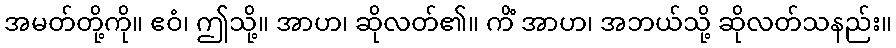
အမတ်တို့ကို။ ဧဝံ၊ ဤသို့။ အာဟ၊ ဆိုလတ်၏။ ကိံ အာဟ၊ အဘယ်သို့ ဆိုလတ်သနည်း။